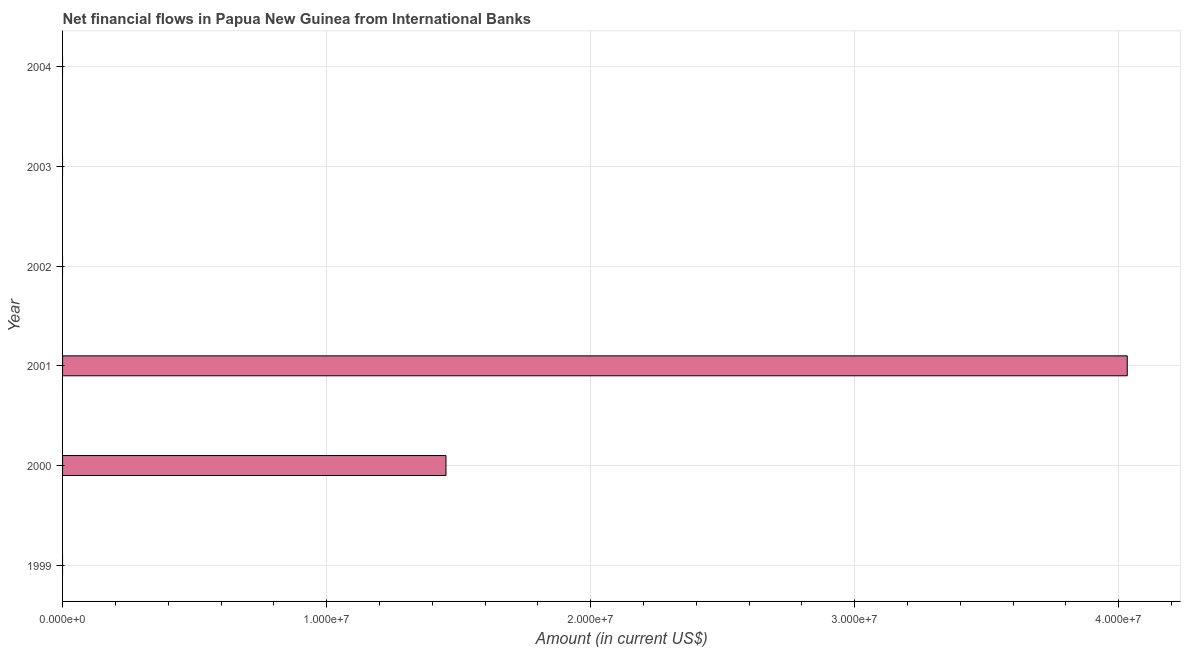
| Year | Net financial flows from IBRD |
 | --- | --- |
 | 1999 | -2.3e+07 |
 | 2000 | 1.45e+07 |
 | 2001 | 4.03e+07 |
 | 2002 | -1.42e+07 |
 | 2003 | -1.49e+07 |
 | 2004 | -1.3e+07 |